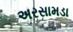
અરસામડા